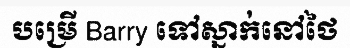
បម្រើ Barry ទៅស្នាក់នៅថៃ